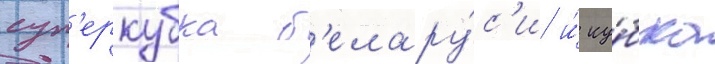
суп'еркубка б'елару́с'и и́ ку́бка